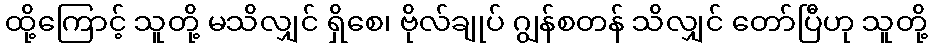
ထို့ကြောင့် သူတို့ မသိလျှင် ရှိစေ၊ ဗိုလ်ချုပ် ဂျွန်စတန် သိလျှင် တော်ပြီဟု သူတို့